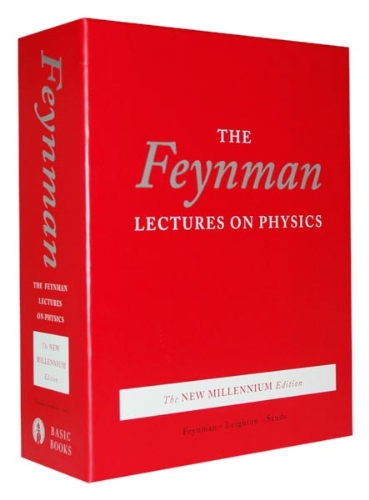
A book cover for The Feynman Lectures on Physics, boxed set: The New Millennium Edition; Richard P. Feynman; Test Preparation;